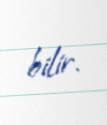
bilir.